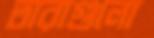
তারাগুলো